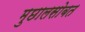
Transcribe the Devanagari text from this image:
मुछालसोबत